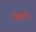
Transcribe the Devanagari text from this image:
मॅकएनोन